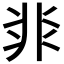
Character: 𩇨